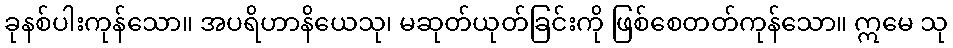
ခုနစ်ပါးကုန်သော။ အပရိဟာနိယေသု၊ မဆုတ်ယုတ်ခြင်းကို ဖြစ်စေတတ်ကုန်သော။ ဣမေ သု